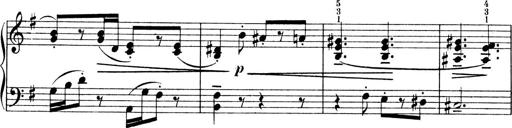
Title: 4 Sonatines
Composer: Max Reger